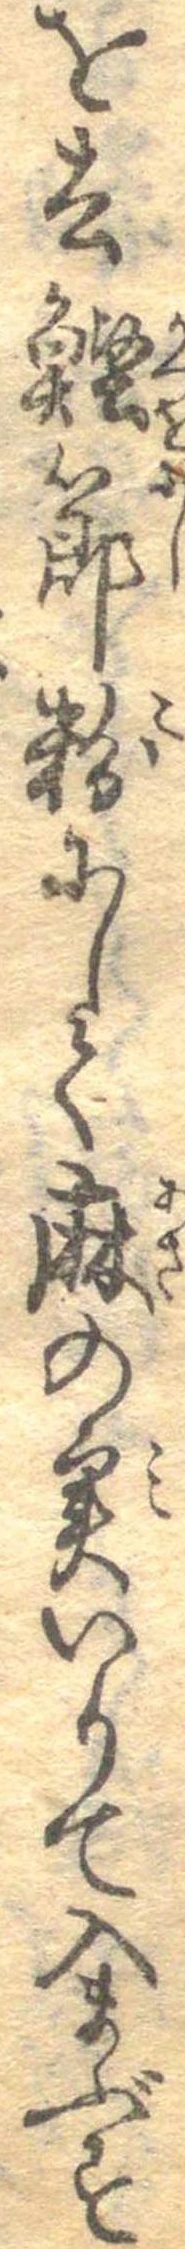
を去鰹節粉にして麻の実いりて入まぶす